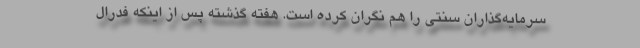
سرمایه‌گذاران سنتی را هم نگران کرده است. هفته گذشته پس از اینکه فدرال